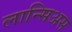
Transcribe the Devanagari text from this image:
लान्सिअस